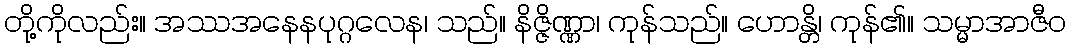
တို့ကိုလည်း။ အဿအနေနပုဂ္ဂလေန၊ သည်။ နိဇ္ဇိဏ္ဏာ၊ ကုန်သည်။ ဟောန္တိ၊ ကုန်၏။ သမ္မာအာဇီဝ